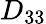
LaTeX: D_{33}